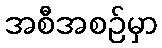
အစီအစဉ်မှာ